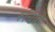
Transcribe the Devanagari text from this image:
रूचियां